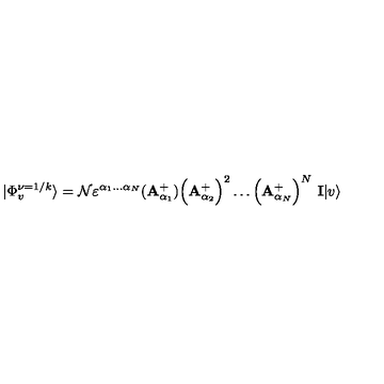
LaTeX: | \Phi _ { v } ^ { \nu = 1 / k } \rangle = { \cal N } \varepsilon ^ { \alpha _ { 1 } \dots \alpha _ { N } } ( { \bf A } { _ { \alpha _ { 1 } } ^ { + } } ) \Big ( { \bf A } _ { \alpha _ { 2 } } ^ { + } \Big ) ^ { 2 } \dots \Big ( { \bf A } _ { \alpha _ { N } } ^ { + } \Big ) ^ { N } \ { \bf I } | v \rangle